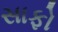
સાફો